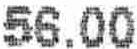
56.00